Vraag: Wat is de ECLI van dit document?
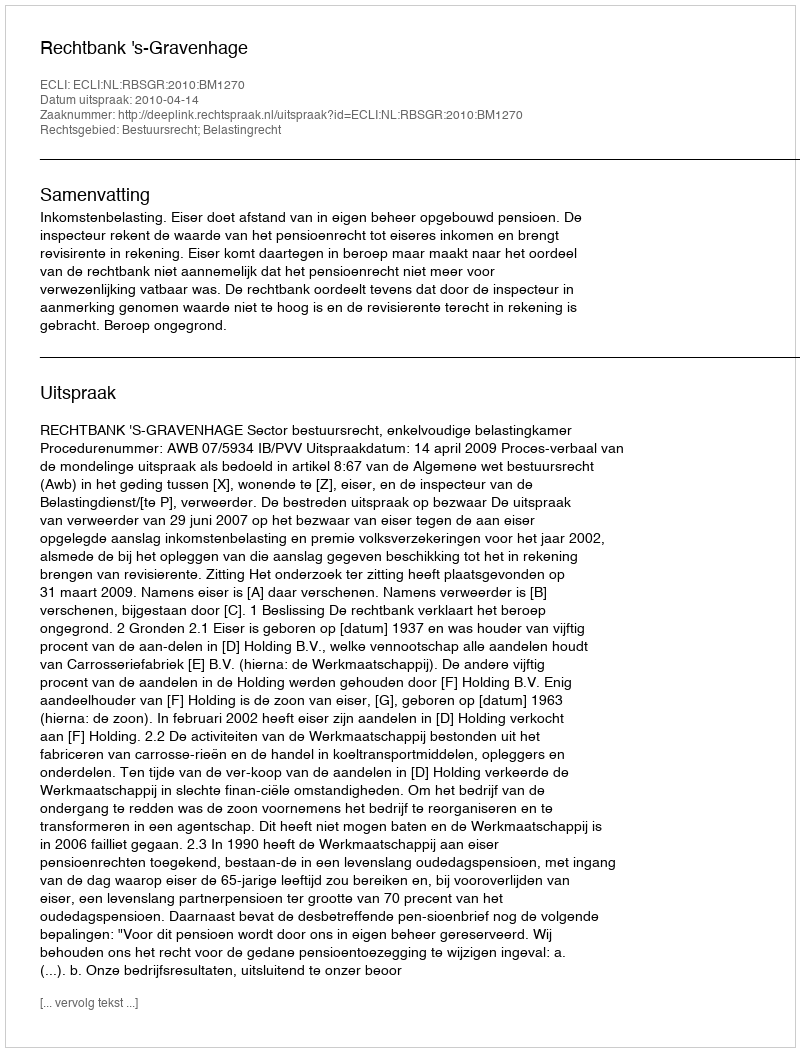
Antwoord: ECLI:NL:RBSGR:2010:BM1270